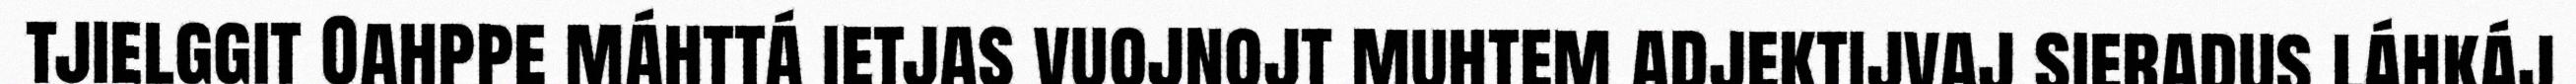
tjielggit Oahppe máhttá ietjas vuojnojt muhtem adjektijvaj sieradus láhkáj